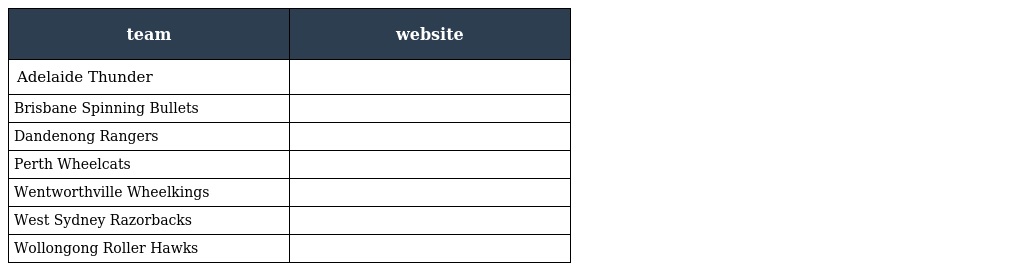
| team | website |
 | --- | --- |
 | Adelaide Thunder |  |
 | Brisbane Spinning Bullets |  |
 | Dandenong Rangers |  |
 | Perth Wheelcats |  |
 | Wentworthville Wheelkings |  |
 | West Sydney Razorbacks |  |
 | Wollongong Roller Hawks |  |